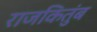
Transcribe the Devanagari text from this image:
राजकितुंब